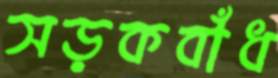
সড়কবাঁধ